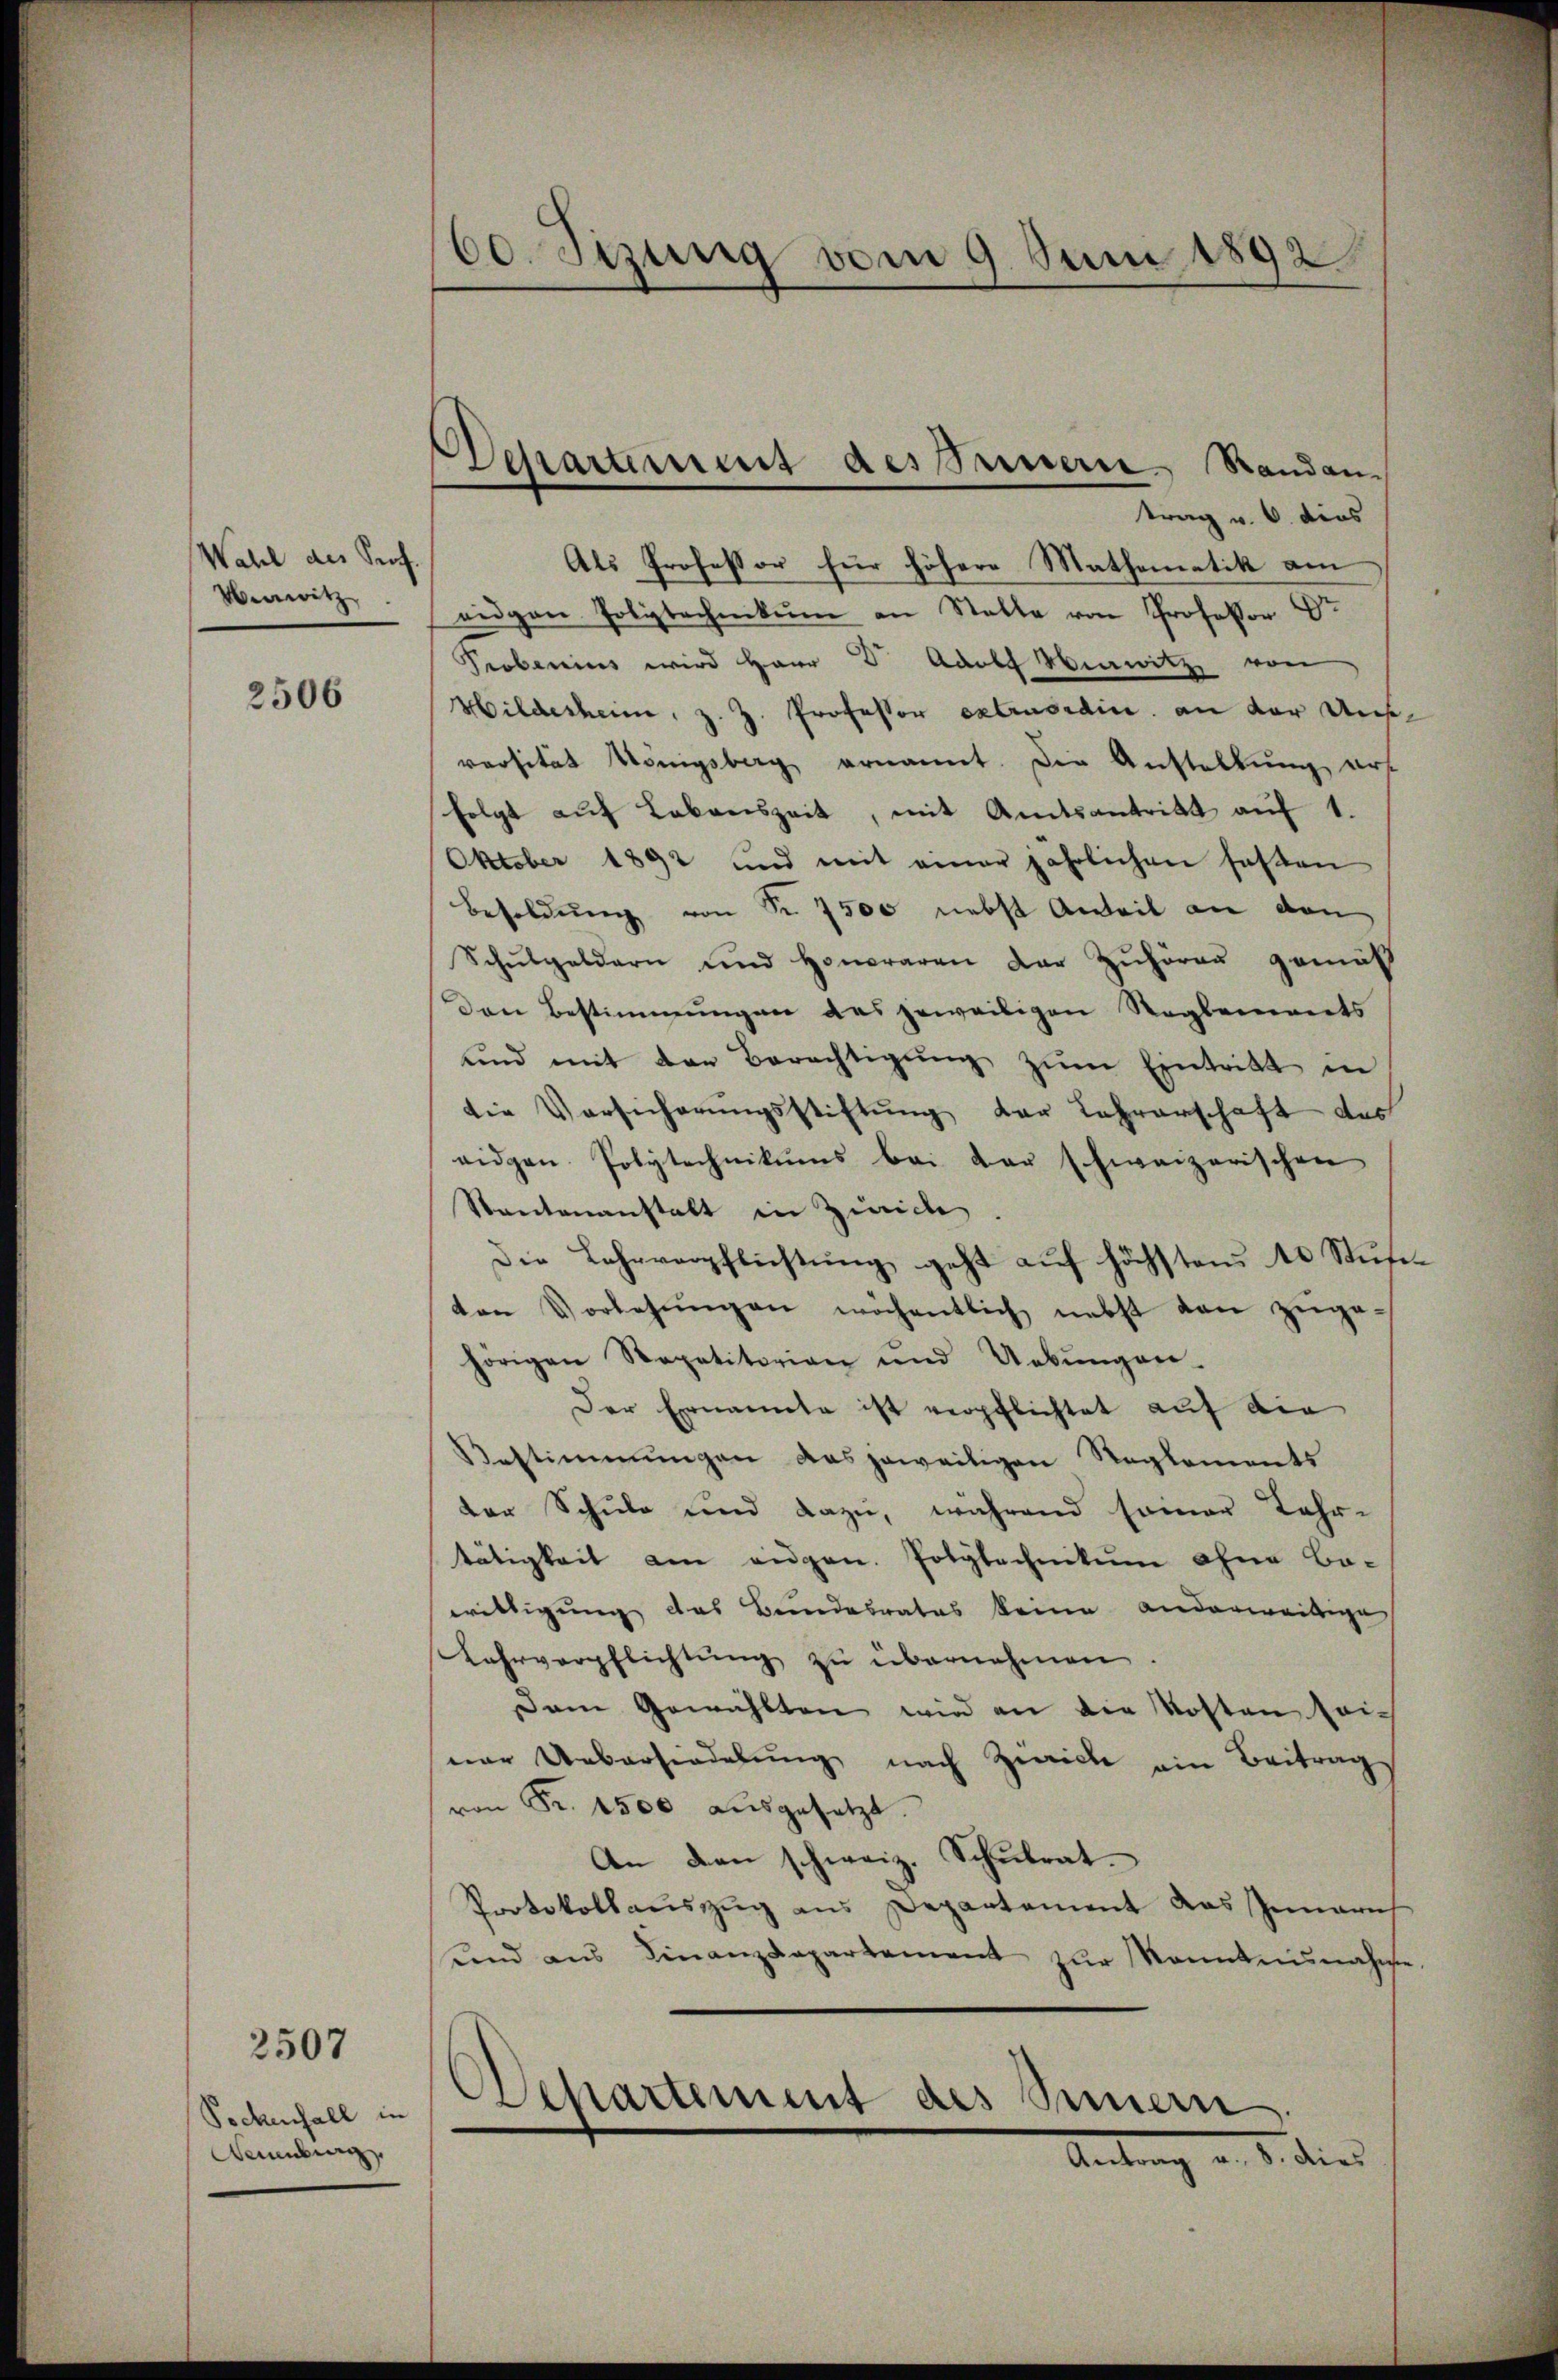
Wahl des Prof.
Venwitz

2506

Pockenfall in
Sammlung

2507

60. Sizung vom 9. Juni 1892

trag v. 6. dies
Als Professor für höhere Mathematik am
eidgen Polytechnikum an Stalle von Professor Dr.
Probenius wird Herr D Adolf Menwitz von
Wildesheim, z. Z. Professor extraordine an der Unversität Königsberg ernannt. Die Anstellŭng erst
folgt auf Lebenszeit, mit Amtsantritt auf 1.
Oktober 1892 und mit einer jährlichen fasten
Besoldŭng von Nr. 7500 nebst Anteil an den
Schŭlgeldern und Honoraren der Zuhören gemäß
Den Bestimmungen des jeweiligen Reglements
ŭnd mit den Berechtigŭng zŭm Eintritt in
die Versicherŭngsstiftŭng der Lehrerschaft des
ridgen Polytechnikums bei der schweizerischen
Stantenanstalt in Zürich.
Die Lehrverpflichtŭng geht aŭf höchstens 40 Stŭtiton Vorlegŭngen wöchentlich nebst dan zŭge-
hörigen Repetitorian und Uebŭngen.
Der Ernannte ist verpflichtet auf die
Bestimmungen das jeweiligen Reglements
ter Schule und dazu, während samer Jahr-
tätigkeit am augen. Polytechnikum ohne Be-
wittigung das Bundesrates keine anderweitige
Lahrverpflichtŭng zŭ übernehmen.
Dem Gewählten wird an die Kosten seiner Uebersiedelung nach Zwicke ein Beitrag
von Fr. 1500 aŭsgesetzt.
An den schweiz. Schulrat.
Protokollaŭszŭg ans Departement das Innern
ŭnd ans Finanzdepartement zŭr Kenntninahese

Departement des Sauern Randan-

Departement des Sinnern
Antrag u. 8. dies